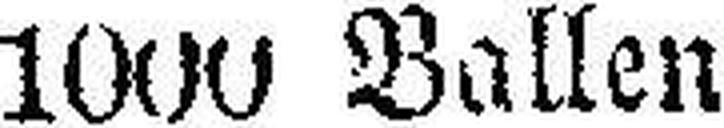
1000 Ballen